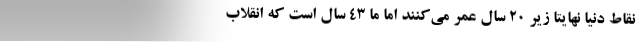
نقاط دنیا نهایتا زیر ۲۰ سال عمر می‌کنند اما ما ۴۳ سال است که انقلاب